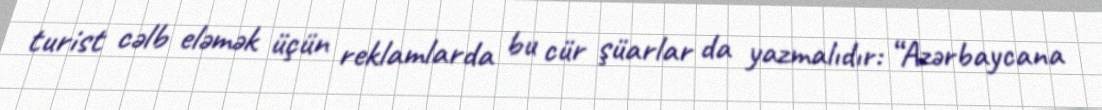
turist cəlb eləmək üçün reklamlarda bu cür şüarlar da yazmalıdır: “Azərbaycana